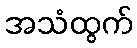
အသံထွက်